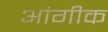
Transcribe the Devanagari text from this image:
आंगीक